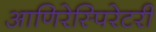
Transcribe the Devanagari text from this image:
आणिरेस्पिरेटरी